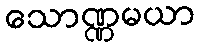
သောဏ္ဏမယာ